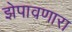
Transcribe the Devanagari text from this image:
झेपावणारा